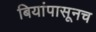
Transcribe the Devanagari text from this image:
बियांपासूनच